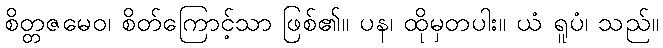
စိတ္တဇမေဝ၊ စိတ်ကြောင့်သာ ဖြစ်၏။ ပန၊ ထိုမှတပါး။ ယံ ရူပံ၊ သည်။